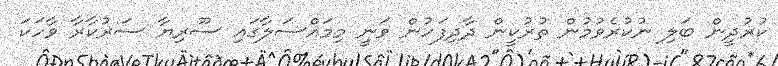
ކުރުދީން ބަލި ނުކުރެވުމުން ތުރުކީން ދާދިފަހުން ވަނީ މިމައްސަލާގައި ސޫރިޔާ ސަރުކާރާ ވާހަކަ